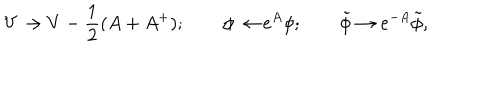
LaTeX: V \to V - \frac { 1 } { 2 } ( A + A ^ { + } ) ; \qquad \phi \to e ^ { A } \phi ; \qquad \tilde { \phi } \to e ^ { - A } \tilde { \phi } ,